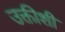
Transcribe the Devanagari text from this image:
उक्तीशी